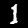
Digit: 1